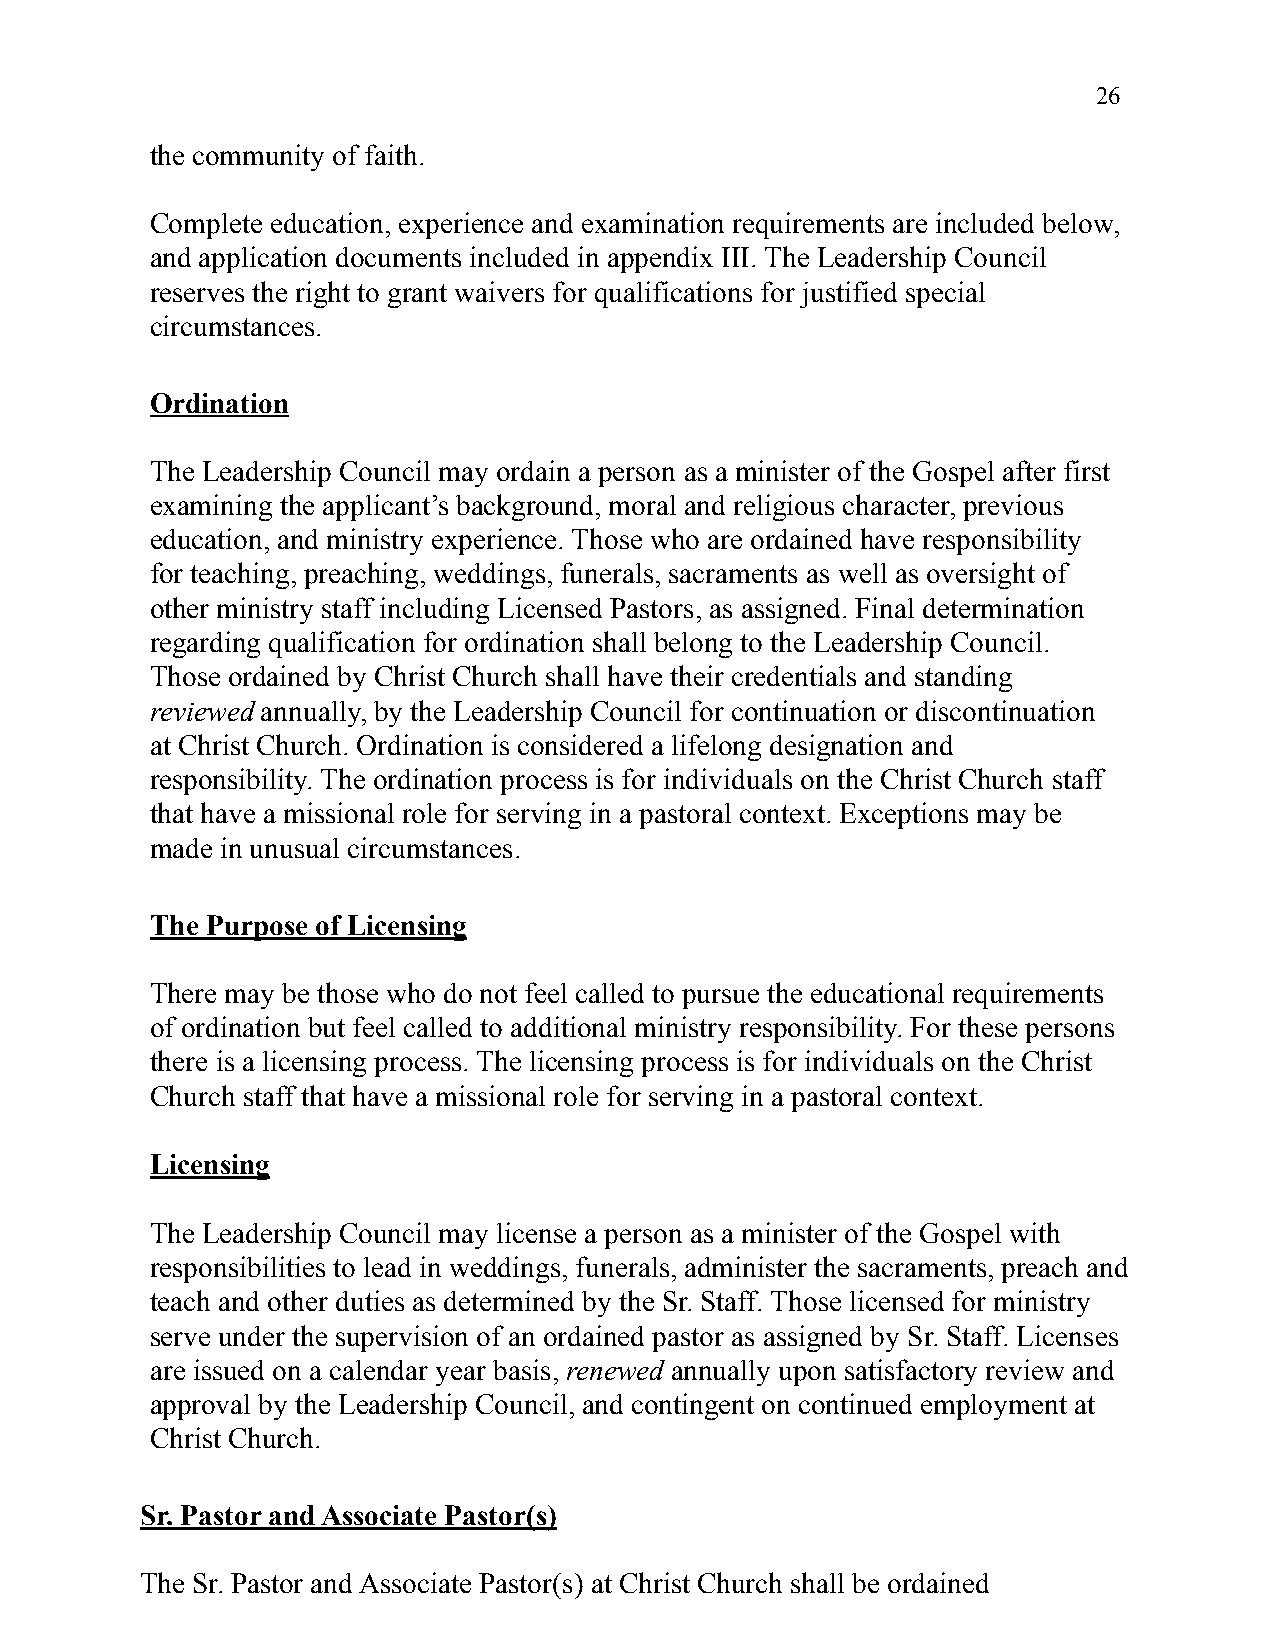
26
 the community of faith.
 Complete education, experience and examination requirements are included below,
 and application documents included in appendix III. The Leadership Council
 reserves the right to grant waivers for qualifications for justified special
 circumstances.
 Ordination
 The Leadership Council may ordain a person as a minister of the Gospel after first
 examining the applicant’s background, moral and religious character, previous
 education, and ministry experience. Those who are ordained have responsibility
 for teaching, preaching, weddings, funerals, sacraments as well as oversight of
 other ministry staff including Licensed Pastors, as assigned. Final determination
 regarding qualification for ordination shall belong to the Leadership Council.
 Those ordained by Christ Church shall have their credentials and standing
 reviewed annually, by the Leadership Council for continuation or discontinuation
 at Christ Church. Ordination is considered a lifelong designation and
 responsibility. The ordination process is for individuals on the Christ Church staff
 that have a missional role for serving in a pastoral context. Exceptions may be
 made in unusual circumstances.
 The Purpose of Licensing
 There may be those who do not feel called to pursue the educational requirements
 of ordination but feel called to additional ministry responsibility. For these persons
 there is a licensing process. The licensing process is for individuals on the Christ
 Church staff that have a missional role for serving in a pastoral context.
 Licensing
 The Leadership Council may license a person as a minister of the Gospel with
 responsibilities to lead in weddings, funerals, administer the sacraments, preach and
 teach and other duties as determined by the Sr. Staff. Those licensed for ministry
 serve under the supervision of an ordained pastor as assigned by Sr. Staff. Licenses
 are issued on a calendar year basis, renewed annually upon satisfactory review and
 approval by the Leadership Council, and contingent on continued employment at
 Christ Church.
 Sr. Pastor and Associate Pastor(s)
 The Sr. Pastor and Associate Pastor(s) at Christ Church shall be ordained